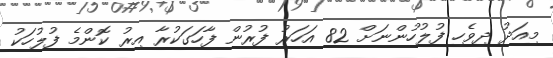
މިއަދު ދިވެހި ފުލުހުންނަށް 82 އަހަރު ފުރުން ފާހަގަކުރާ އިރު ކޮންމެ ފުލުހަކު